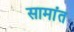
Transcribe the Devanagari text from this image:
सामांत